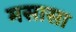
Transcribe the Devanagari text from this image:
मसासा